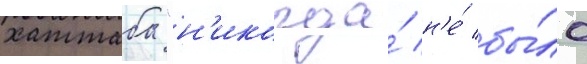
хаттаба "н'икогда́ н'е́ бы́ло